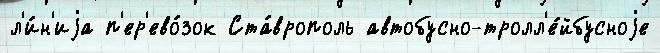
л'и́н'иjа п'ер'ево́зок Ста́врополь автобусно-тролл'е́йбусноjе